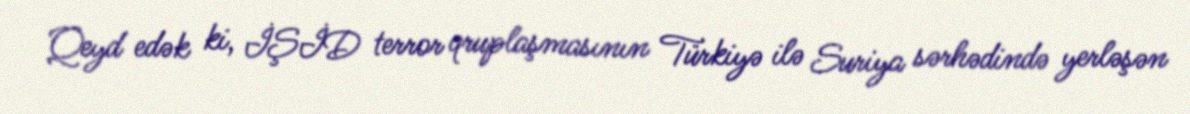
Qeyd edək ki, İŞİD terror qruplaşmasının Türkiyə ilə Suriya sərhədində yerləşən